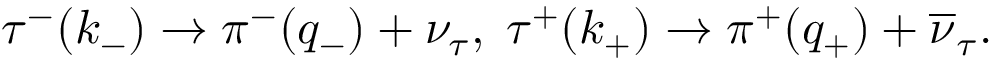
\tau ^ { - } ( k _ { - } ) \rightarrow \pi ^ { - } ( q _ { - } ) + \nu _ { \tau } , \; \tau ^ { + } ( k _ { + } ) \rightarrow \pi ^ { + } ( q _ { + } ) + \overline { { { \nu } } } _ { \tau } .